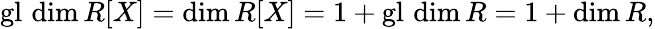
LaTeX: \operatorname{gl}\, \dim R[X]=\dim R[X]=1+\operatorname{gl}\, \dim R=1+\dim R,